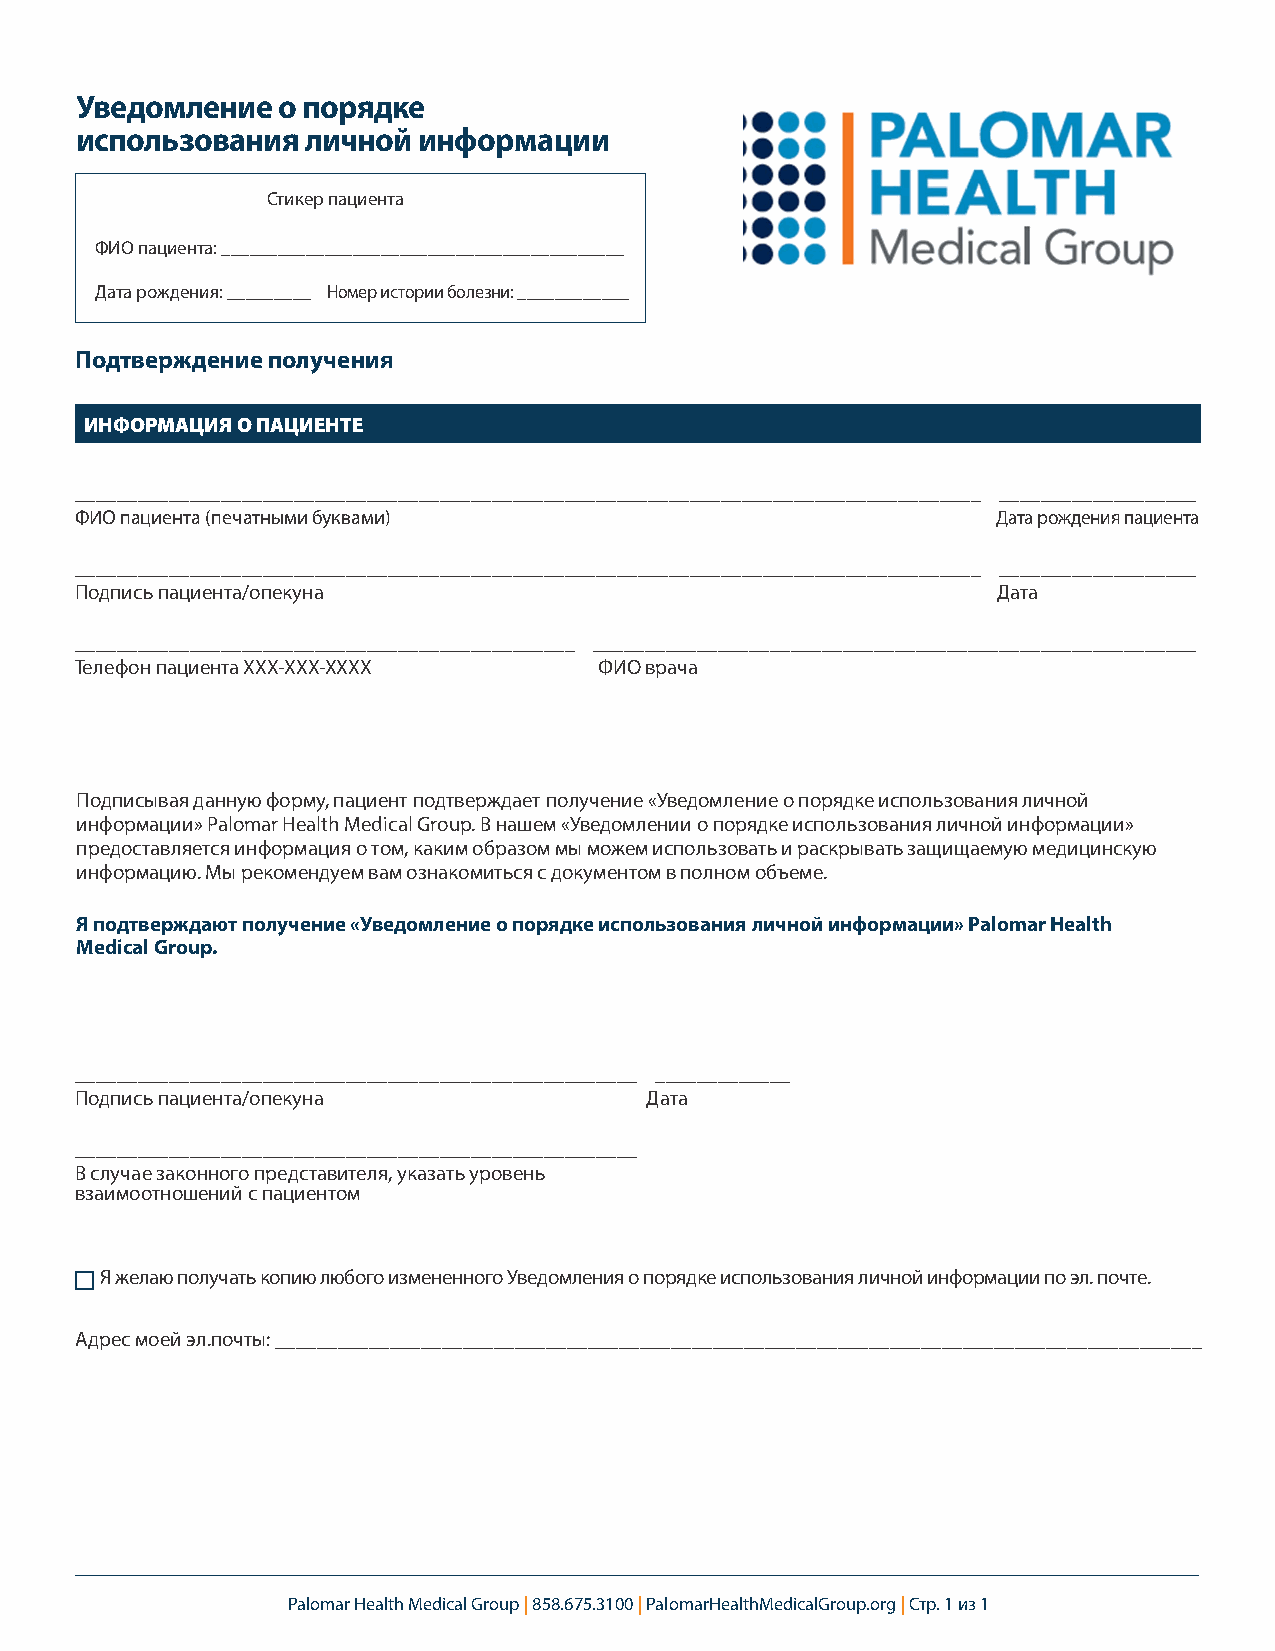
Уведомление  о порядке
 использования  личной  информации
 Стикер пациента
 ФИО пациента: ___________________________________________
 Дата рождения: _________ Номер истории болезни: ____________
 Подтверждение получения
 ИНФОРМАЦИЯ О ПАЦИЕНТЕ
 _______________________________________________________________________________________ ___________________
 ФИО пациента (печатными буквами)                             Дата рождения пациента
 _______________________________________________________________________________________ ___________________
 Подпись пациента/опекуна                                     Дата
 ________________________________________________ __________________________________________________________
 Телефон пациента XXX-XXX-XXXX      ФИО врача
 Подписывая данную форму, пациент подтверждает получение «Уведомление о порядке использования личной
 информации» Palomar Health Medical Group. В нашем «Уведомлении о порядке использования личной информации»
 предоставляется информация о том, каким образом мы можем использовать и раскрывать защищаемую медицинскую
 информацию. Мы рекомендуем вам ознакомиться с документом в полном объеме.
 Я подтверждают получение «Уведомление о порядке использования личной информации» Palomar Health
 Medical Group.
 ______________________________________________________ _____________
 Подпись пациента/опекуна              Дата
 ______________________________________________________
 В случае законного представителя, указать уровень
 взаимоотношений с пациентом
 Я желаю получать копию любого измененного Уведомления о порядке использования личной информации по эл. почте.
 Адрес моей эл.почты: _________________________________________________________________________________________
 Palomar Health Medical Group | 858.675.3100 | PalomarHealthMedicalGroup.org | Стр. 1 из 1